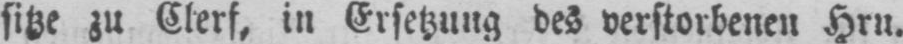
sitze zu Clerf, in Ersetzung des verstorbenen Hrn.